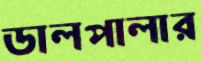
ডালপালার